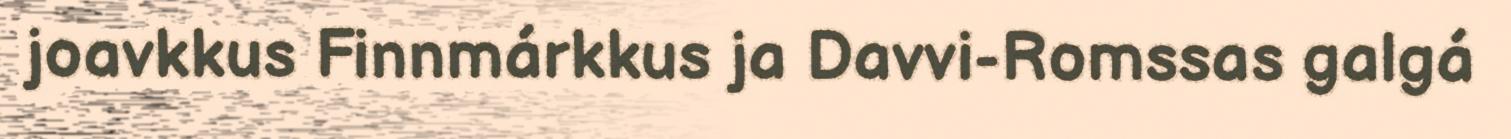
joavkkus Finnmárkkus ja Davvi-Romssas galgá